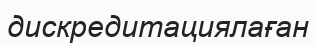
дискредитациялаған